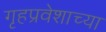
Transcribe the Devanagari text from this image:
गृहप्रवेशाच्या